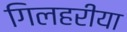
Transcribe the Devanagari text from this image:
गिलहरीया